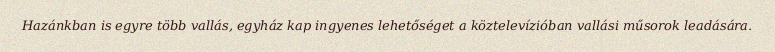
Hazánkban is egyre több vallás, egyház kap ingyenes lehetőséget a köztelevízióban vallási műsorok leadására.